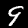
Digit: 9